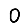
Digit: 0